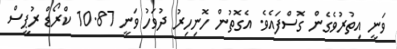
ވަނީ އިތުރުވެގެން ގޮސްފައެވެ. އެގޮތުން ހޮނިހިރު ދުވަހު ވަނީ 10.87 ކްރޯޑް ރުޕީސް